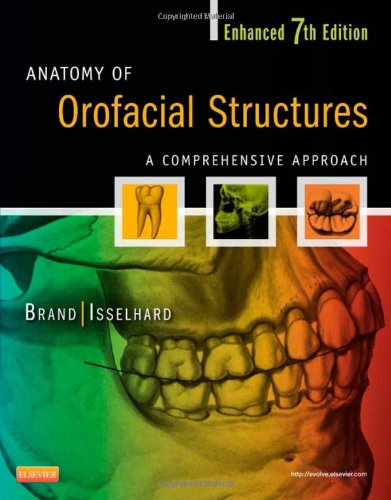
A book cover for Anatomy of Orofacial Structures - Enhanced 7th Edition: A Comprehensive Approach, 7e (Anatomy of Orofacial Structures (Brand)); Richard W. Brand BS  DDS  FACD  FICD; Medical Books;